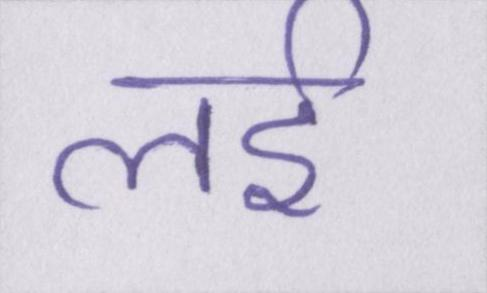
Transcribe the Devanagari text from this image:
लई